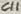
Text: C11